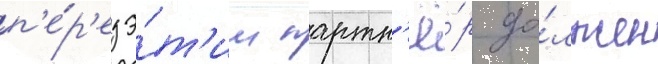
п'е́р'ед э́т'им партн'ё́р до́лжен